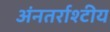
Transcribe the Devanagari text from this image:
अंनतर्राश्टीय